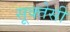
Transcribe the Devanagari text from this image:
सूक्तेसी